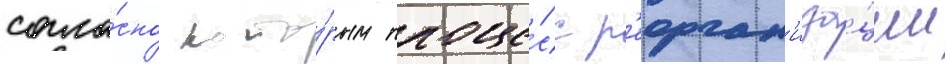
согла́сно кото́рым проце́сс р'еорган'иза́ции